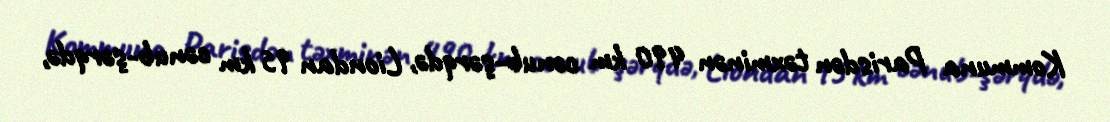
Kommuna Parisdən təxminən 490 km cənub-şərqdə, Liondan 95 km cənub-şərqdə,